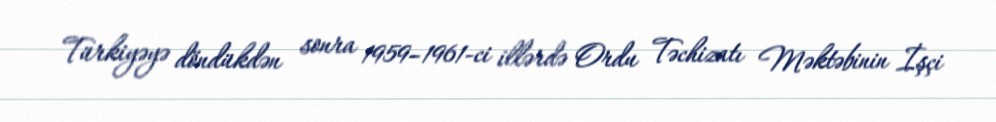
Türkiyəyə döndükdən sonra 1959–1961-ci illərdə Ordu Təchizatı Məktəbinin İşçi